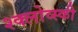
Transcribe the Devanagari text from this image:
श्क्लोव्स्की